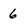
Character: 6